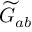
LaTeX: { \widetilde { G } } _ { a b }